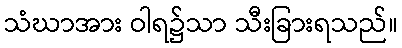
သံဃာအား ဝါရ၌သာ သီးခြားရသည်။